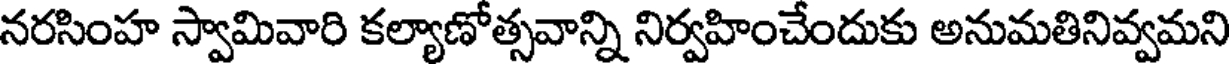
నరసింహ స్వామివారి కల్యాణోత్సవాన్ని నిర్వహించేందుకు అనుమతినివ్వమని